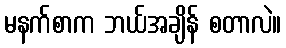
မနက်စာက ဘယ်အချိန် စတာလဲ။